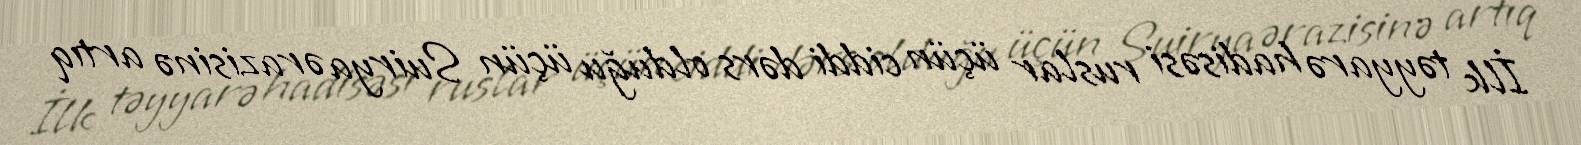
İlk təyyarə hadisəsi ruslar üçün ciddi dərs olduğu üçün Suirya ərazisinə artıq